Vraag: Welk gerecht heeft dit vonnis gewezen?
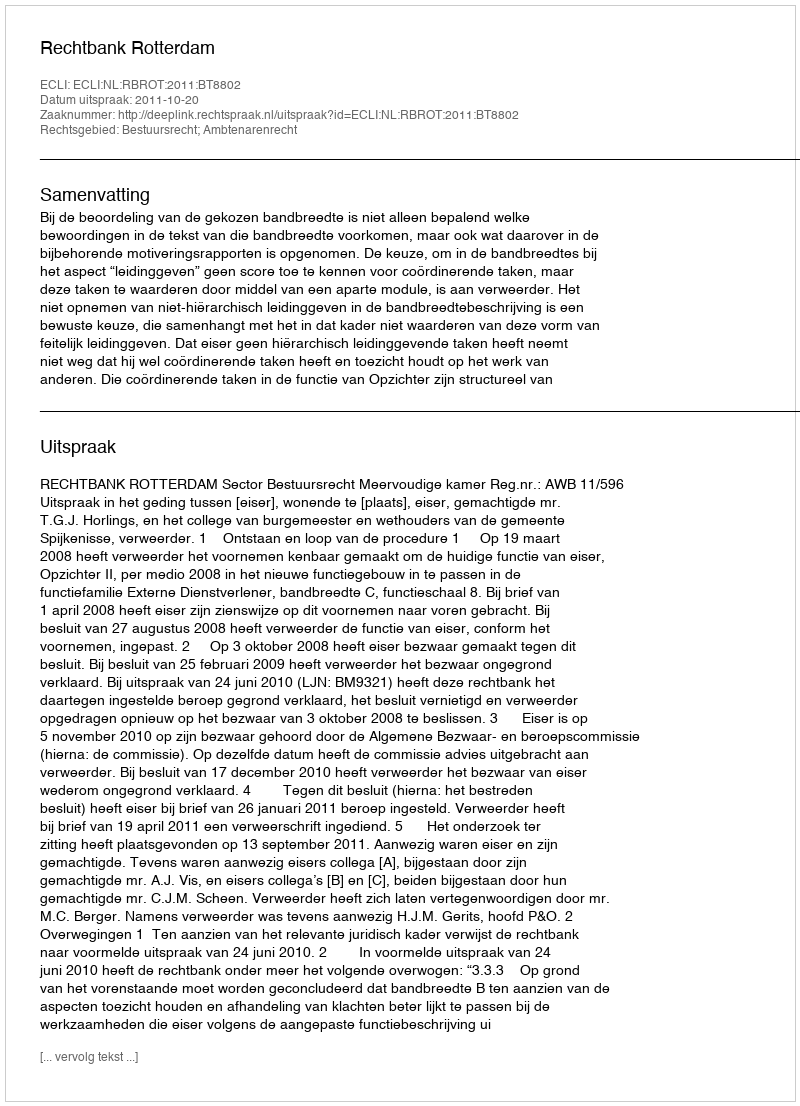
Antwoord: Rechtbank Rotterdam